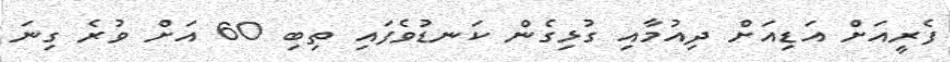
ފެރީއަށް އަޑިއަށް ދިއުމާއި ގުޅިގެން ކަނޑުވެފައި ތިބި 60 އަށް ވުރެ ގިނަ